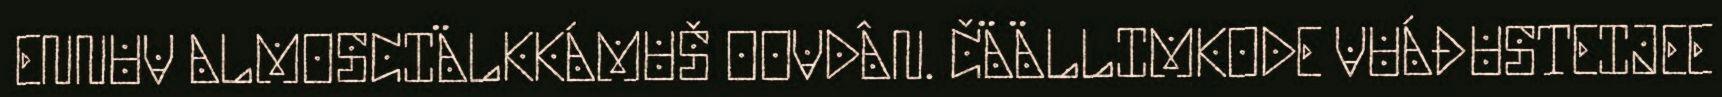
ENNUV ALMOSCIÄLKKÁMUŠ OOVDÂN. ČÄÄLLIMKODE VUÁĐUSTEIJEE